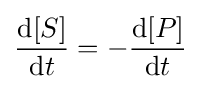
{\frac {{\text{d}}[S]}{{\text{d}}t}}=-{\frac {{\text{d}}[P]}{{\text{d}}t}}